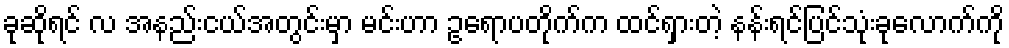
ခုဆိုရင် လ အနည်းငယ်အတွင်းမှာ မင်းဟာ ဥရောပတိုက်က ထင်ရှားတဲ့ နန်းရင်ပြင်သုံးခုလောက်ကို